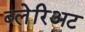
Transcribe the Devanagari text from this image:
ब्लेरिअट